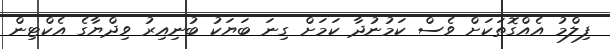
ފިލްމު އެއްގޮތަކަށް ވެސް ކަމުނުދާ ކަމަށް ގިނަ ބަޔަކު ބުނިއިރު ވިދްޔާގެ އެކްޓިން